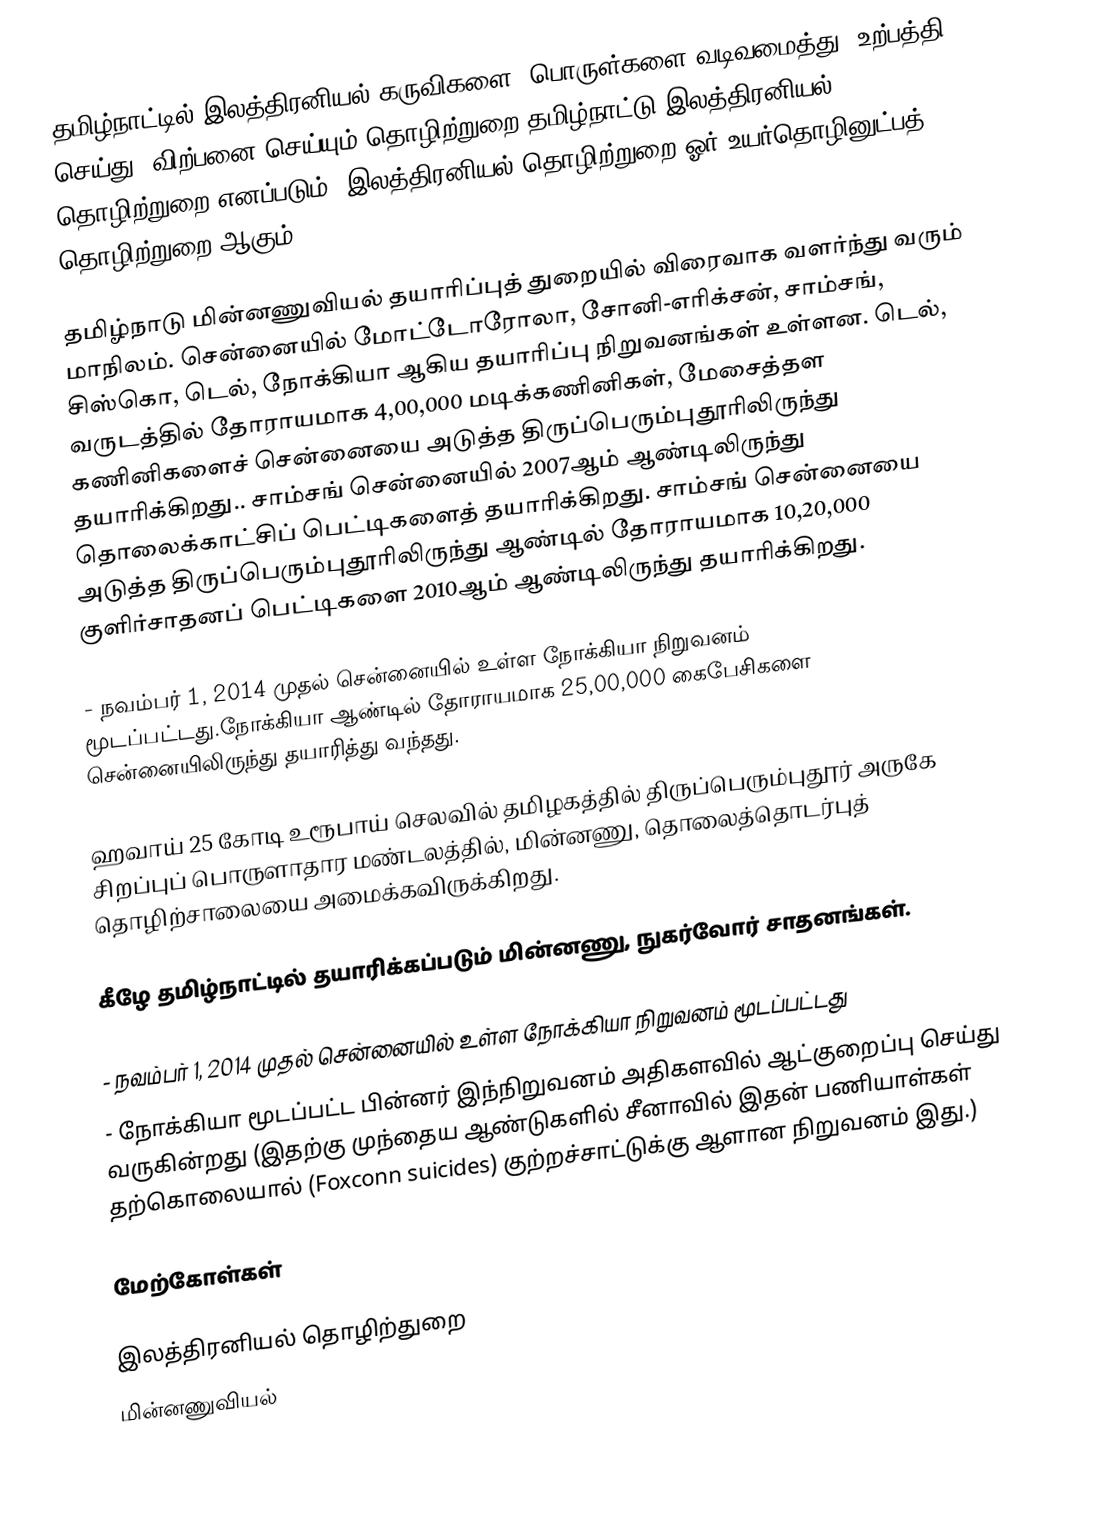
தமிழ்நாட்டில் இலத்திரனியல் கருவிகளை, பொருள்களை வடிவமைத்து, உற்பத்தி செய்து, விற்பனை செய்யும் தொழிற்றுறை தமிழ்நாட்டு இலத்திரனியல் தொழிற்றுறை எனப்படும். இலத்திரனியல் தொழிற்றுறை ஓர் உயர்தொழினுட்பத் தொழிற்றுறை ஆகும்.

தமிழ்நாடு மின்னணுவியல் தயாரிப்புத் துறையில் விரைவாக வளர்ந்து வரும் மாநிலம். சென்னையில் மோட்டோரோலா, சோனி-எரிக்சன், சாம்சங், சிஸ்கொ, டெல், நோக்கியா ஆகிய தயாரிப்பு நிறுவனங்கள் உள்ளன. டெல், வருடத்தில் தோராயமாக 4,00,000 மடிக்கணினிகள், மேசைத்தள கணினிகளைச் சென்னையை அடுத்த திருப்பெரும்புதூரிலிருந்து தயாரிக்கிறது.. சாம்சங் சென்னையில் 2007ஆம் ஆண்டிலிருந்து தொலைக்காட்சிப் பெட்டிகளைத் தயாரிக்கிறது. சாம்சங் சென்னையை அடுத்த திருப்பெரும்புதூரிலிருந்து ஆண்டில் தோராயமாக 10,20,000 குளிர்சாதனப் பெட்டிகளை 2010ஆம் ஆண்டிலிருந்து தயாரிக்கிறது.

 - நவம்பர் 1, 2014 முதல் சென்னையில் உள்ள நோக்கியா நிறுவனம் மூடப்பட்டது.நோக்கியா ஆண்டில் தோராயமாக 25,00,000 கைபேசிகளை சென்னையிலிருந்து தயாரித்து வந்தது.

ஹவாய் 25 கோடி உரூபாய் செலவில் தமிழகத்தில் திருப்பெரும்புதூர் அருகே சிறப்புப் பொருளாதார மண்டலத்தில், மின்னணு, தொலைத்தொடர்புத் தொழிற்சாலையை அமைக்கவிருக்கிறது.

கீழே தமிழ்நாட்டில் தயாரிக்கப்படும் மின்னணு, நுகர்வோர் சாதனங்கள்.

 - நவம்பர் 1, 2014 முதல் சென்னையில் உள்ள நோக்கியா நிறுவனம் மூடப்பட்டது
  - நோக்கியா மூடப்பட்ட பின்னர் இந்நிறுவனம் அதிகளவில் ஆட்குறைப்பு செய்து வருகின்றது (இதற்கு முந்தைய ஆண்டுகளில் சீனாவில் இதன் பணியாள்கள் தற்கொலையால் (Foxconn suicides) குற்றச்சாட்டுக்கு ஆளான நிறுவனம் இது.)

மேற்கோள்கள்

இலத்திரனியல் தொழிற்துறை
மின்னணுவியல்